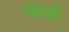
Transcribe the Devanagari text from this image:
पॅनची